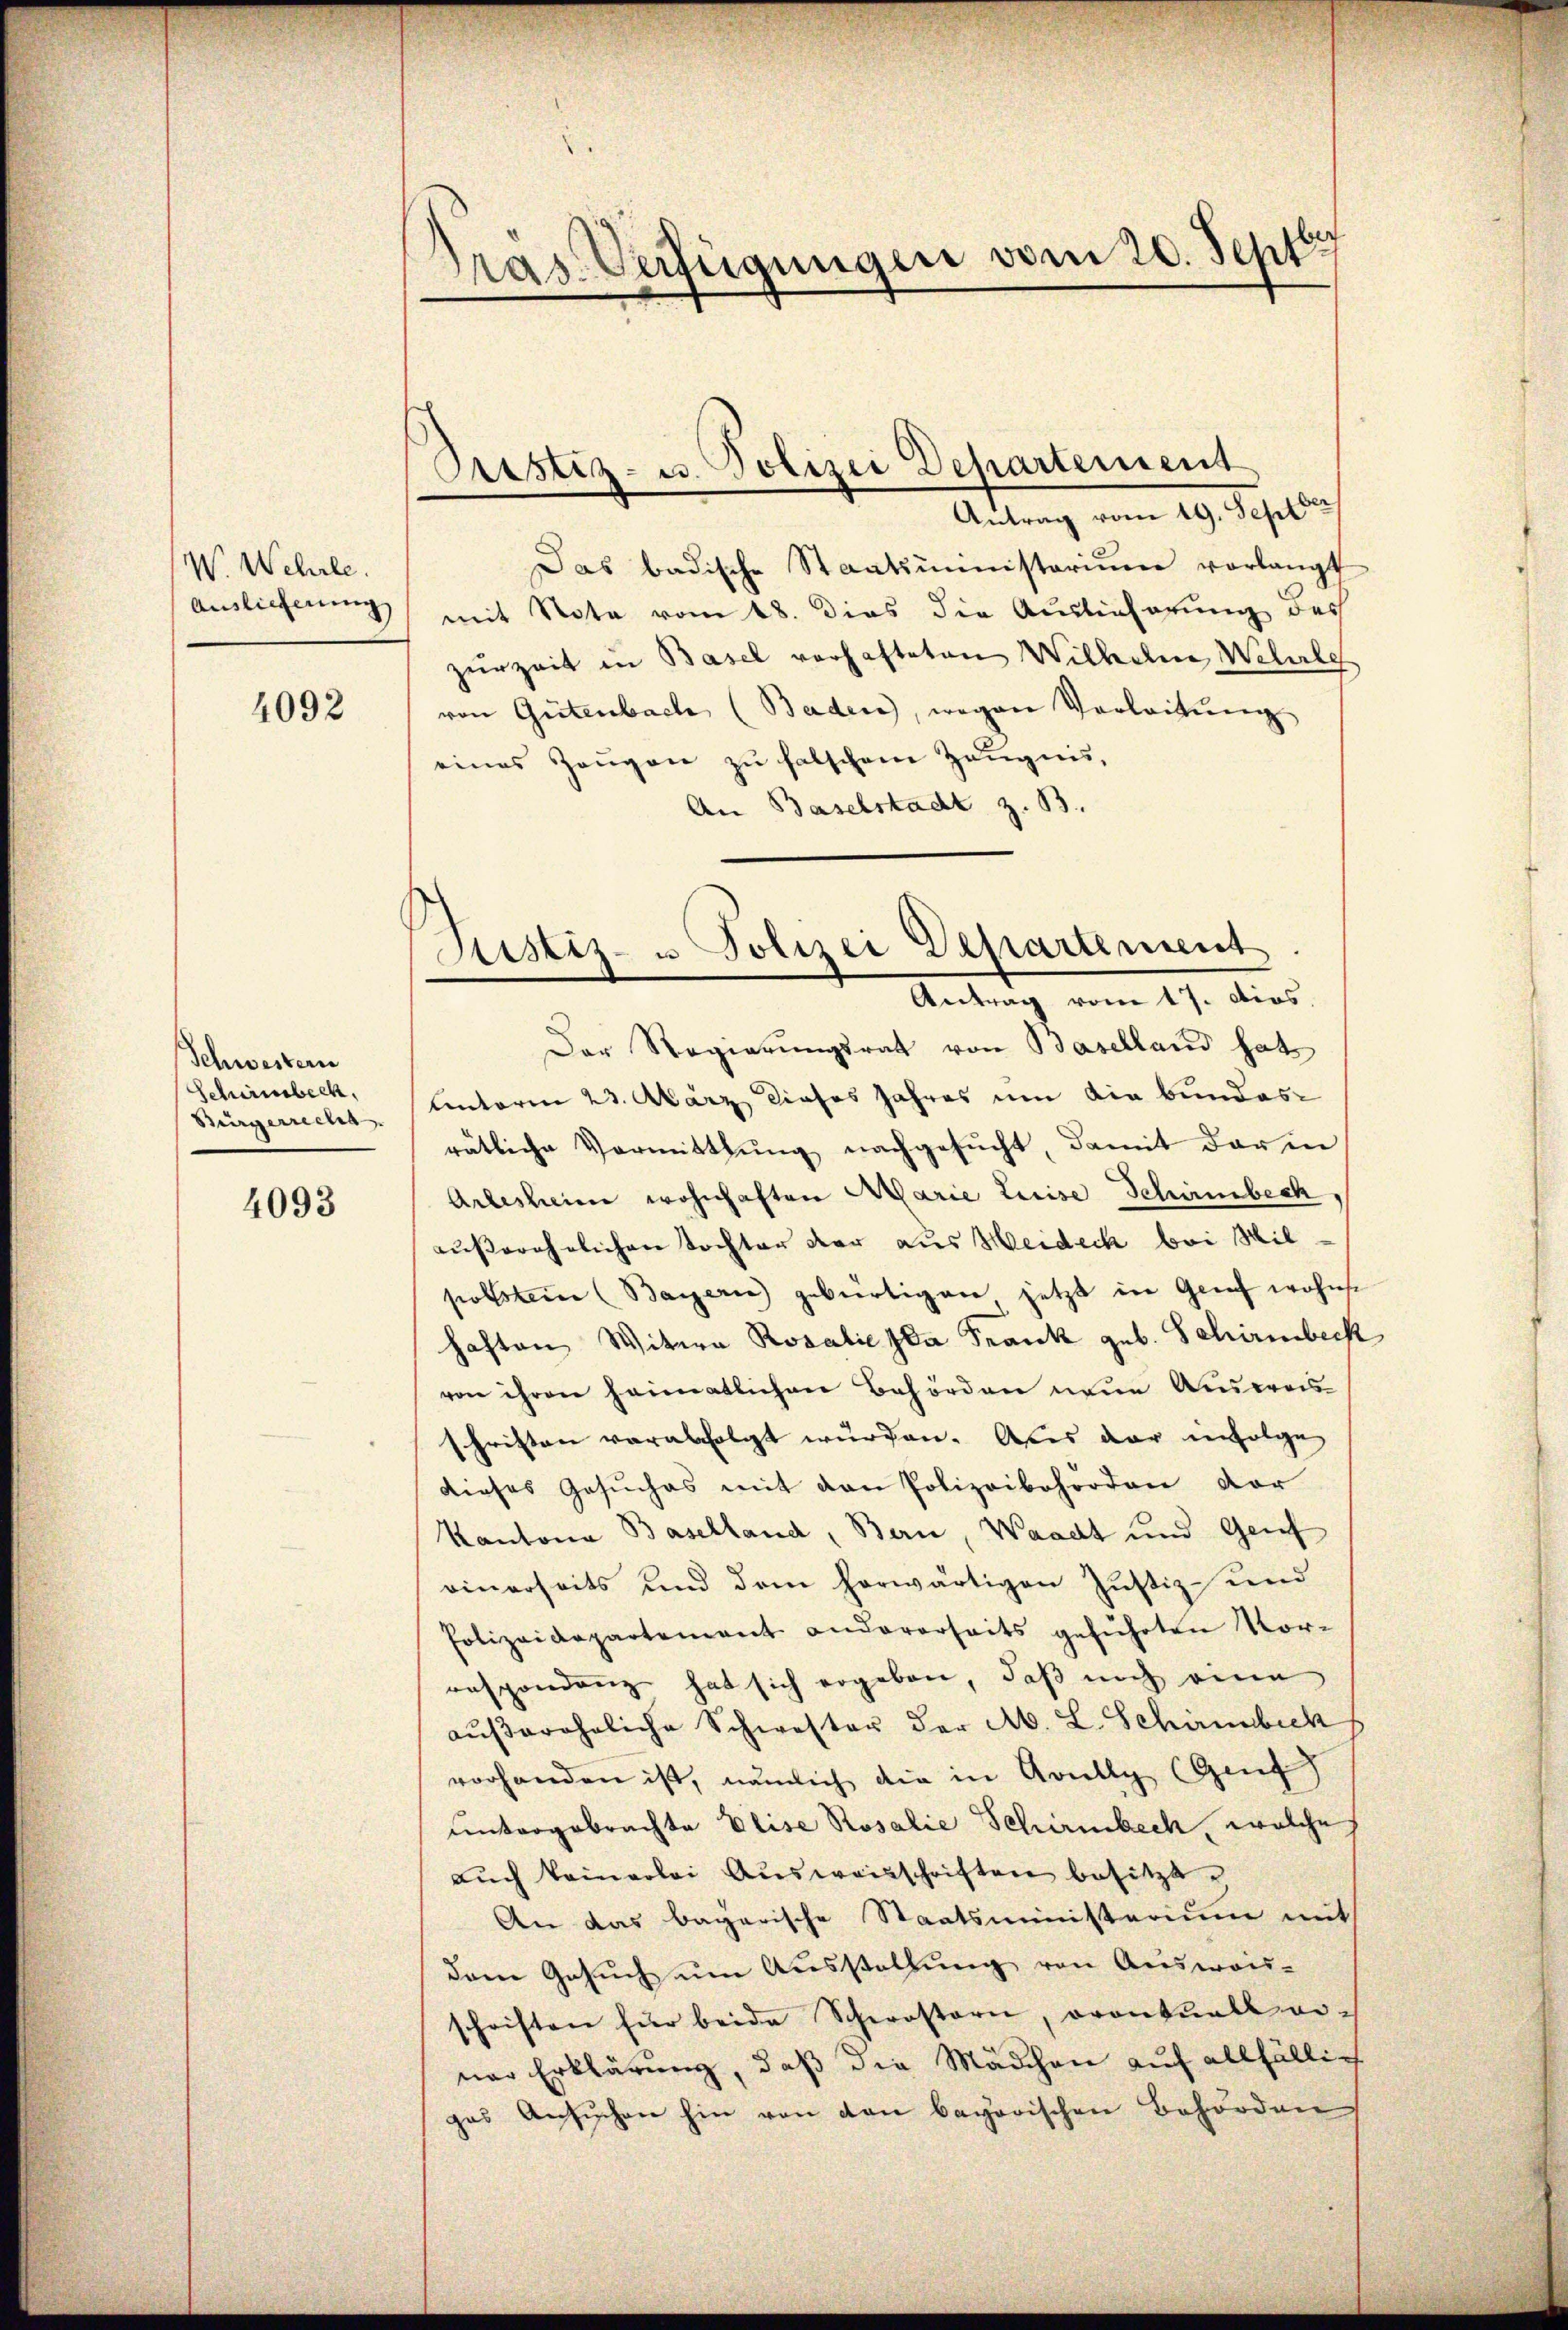
W. Wehrle.
Auslieferung

4092

Schwestern
Schirmbeck,
Bürgerrecht.

4093

Präs. Verfügungen vom 20. Sept.

Oristiz- u. Polizei Departement

Antrag vom 19. Sept
Das badische Staatsministerium vorlangt
mit Nota vom 18. dies die Auslieferung des
zurZeit in Basel vorhafteten Wilhelm Wille
von Gutenbach (Baden, wegen Verleitung
eines Zeugen zu falschem Zeugnis,
An Baselstadt z. B.
Der Regierungsrat von Baselland hat
unterm 23. März dieses Jahres um die bundesrätliche Vormittlung nachgesucht, damit der in
Arlesheim wohnhaften Marie Lieise Schönenbeck
außerehelichen Tochter der aus Heideck bei Mil
polstem (Bayern gebürtigen jetzt in Genf wohne
haften Witwe Rosalie Ida Frank geb. Schirmbeck
von ihren heimatlichen Behörden neue Ausweis
schriften verabfolgt wurden. Aber der infolge
dieses Gesuches mit den Polizeibehörden vor
Kantona Baselland, Bern, Waadt und Genf
einerseits und dem herwärtigen Justiz- und
Polizeidepartement andererseits geführten Vor-
respondenz hat sich ergeben, daß noch eine
aŭβerehrliche Schwester der A. L. Schaumbick
vorhanden ist, nämlich die in Krally (Genf)
untergebrachte Elise Rosalie Schirmbeck, welche,
aŭch keinerlei Aŭsweisschriften besitzt.
An das bayerische Staatsministerium mit
dem Gesuch um Ausstellung von Ausweis-
schriften für beide Schwestern, orantuall einer Erklärung, daß die Mädchen auf allfällig
ges Ansŭchen hin von den bayorischen Behörden

Justiz- u Polizei Departement
Antrag vom 17. dios.